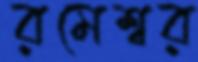
রমেশ্বর